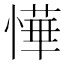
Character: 㦊